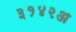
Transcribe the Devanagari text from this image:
३१४२अ